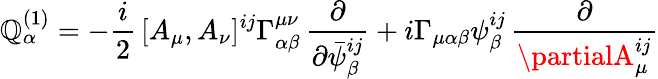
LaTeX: \mathbb{Q}_{\alpha}^{(1)}=-\frac{{i}}{{2}}\, [A_{\mu},A_{\nu}]^{ij}\Gamma_{\alpha\beta}^{\mu\nu}\, \frac{{\partial}}{{\partial\bar{{\psi}}_{\beta}^{ij}}}+i\Gamma_{\mu\alpha\beta}\psi_{\beta}^{ij}\, \frac{{\partial}}{{\partialA_{\mu}^{ij}}}